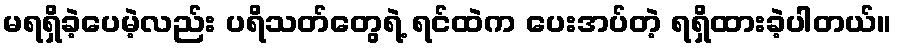
မရရှိခဲ့ပေမဲ့လည်း ပရိသတ်တွေရဲ့ ရင်ထဲက ပေးအပ်တဲ့ ရရှိထားခဲ့ပါတယ်။